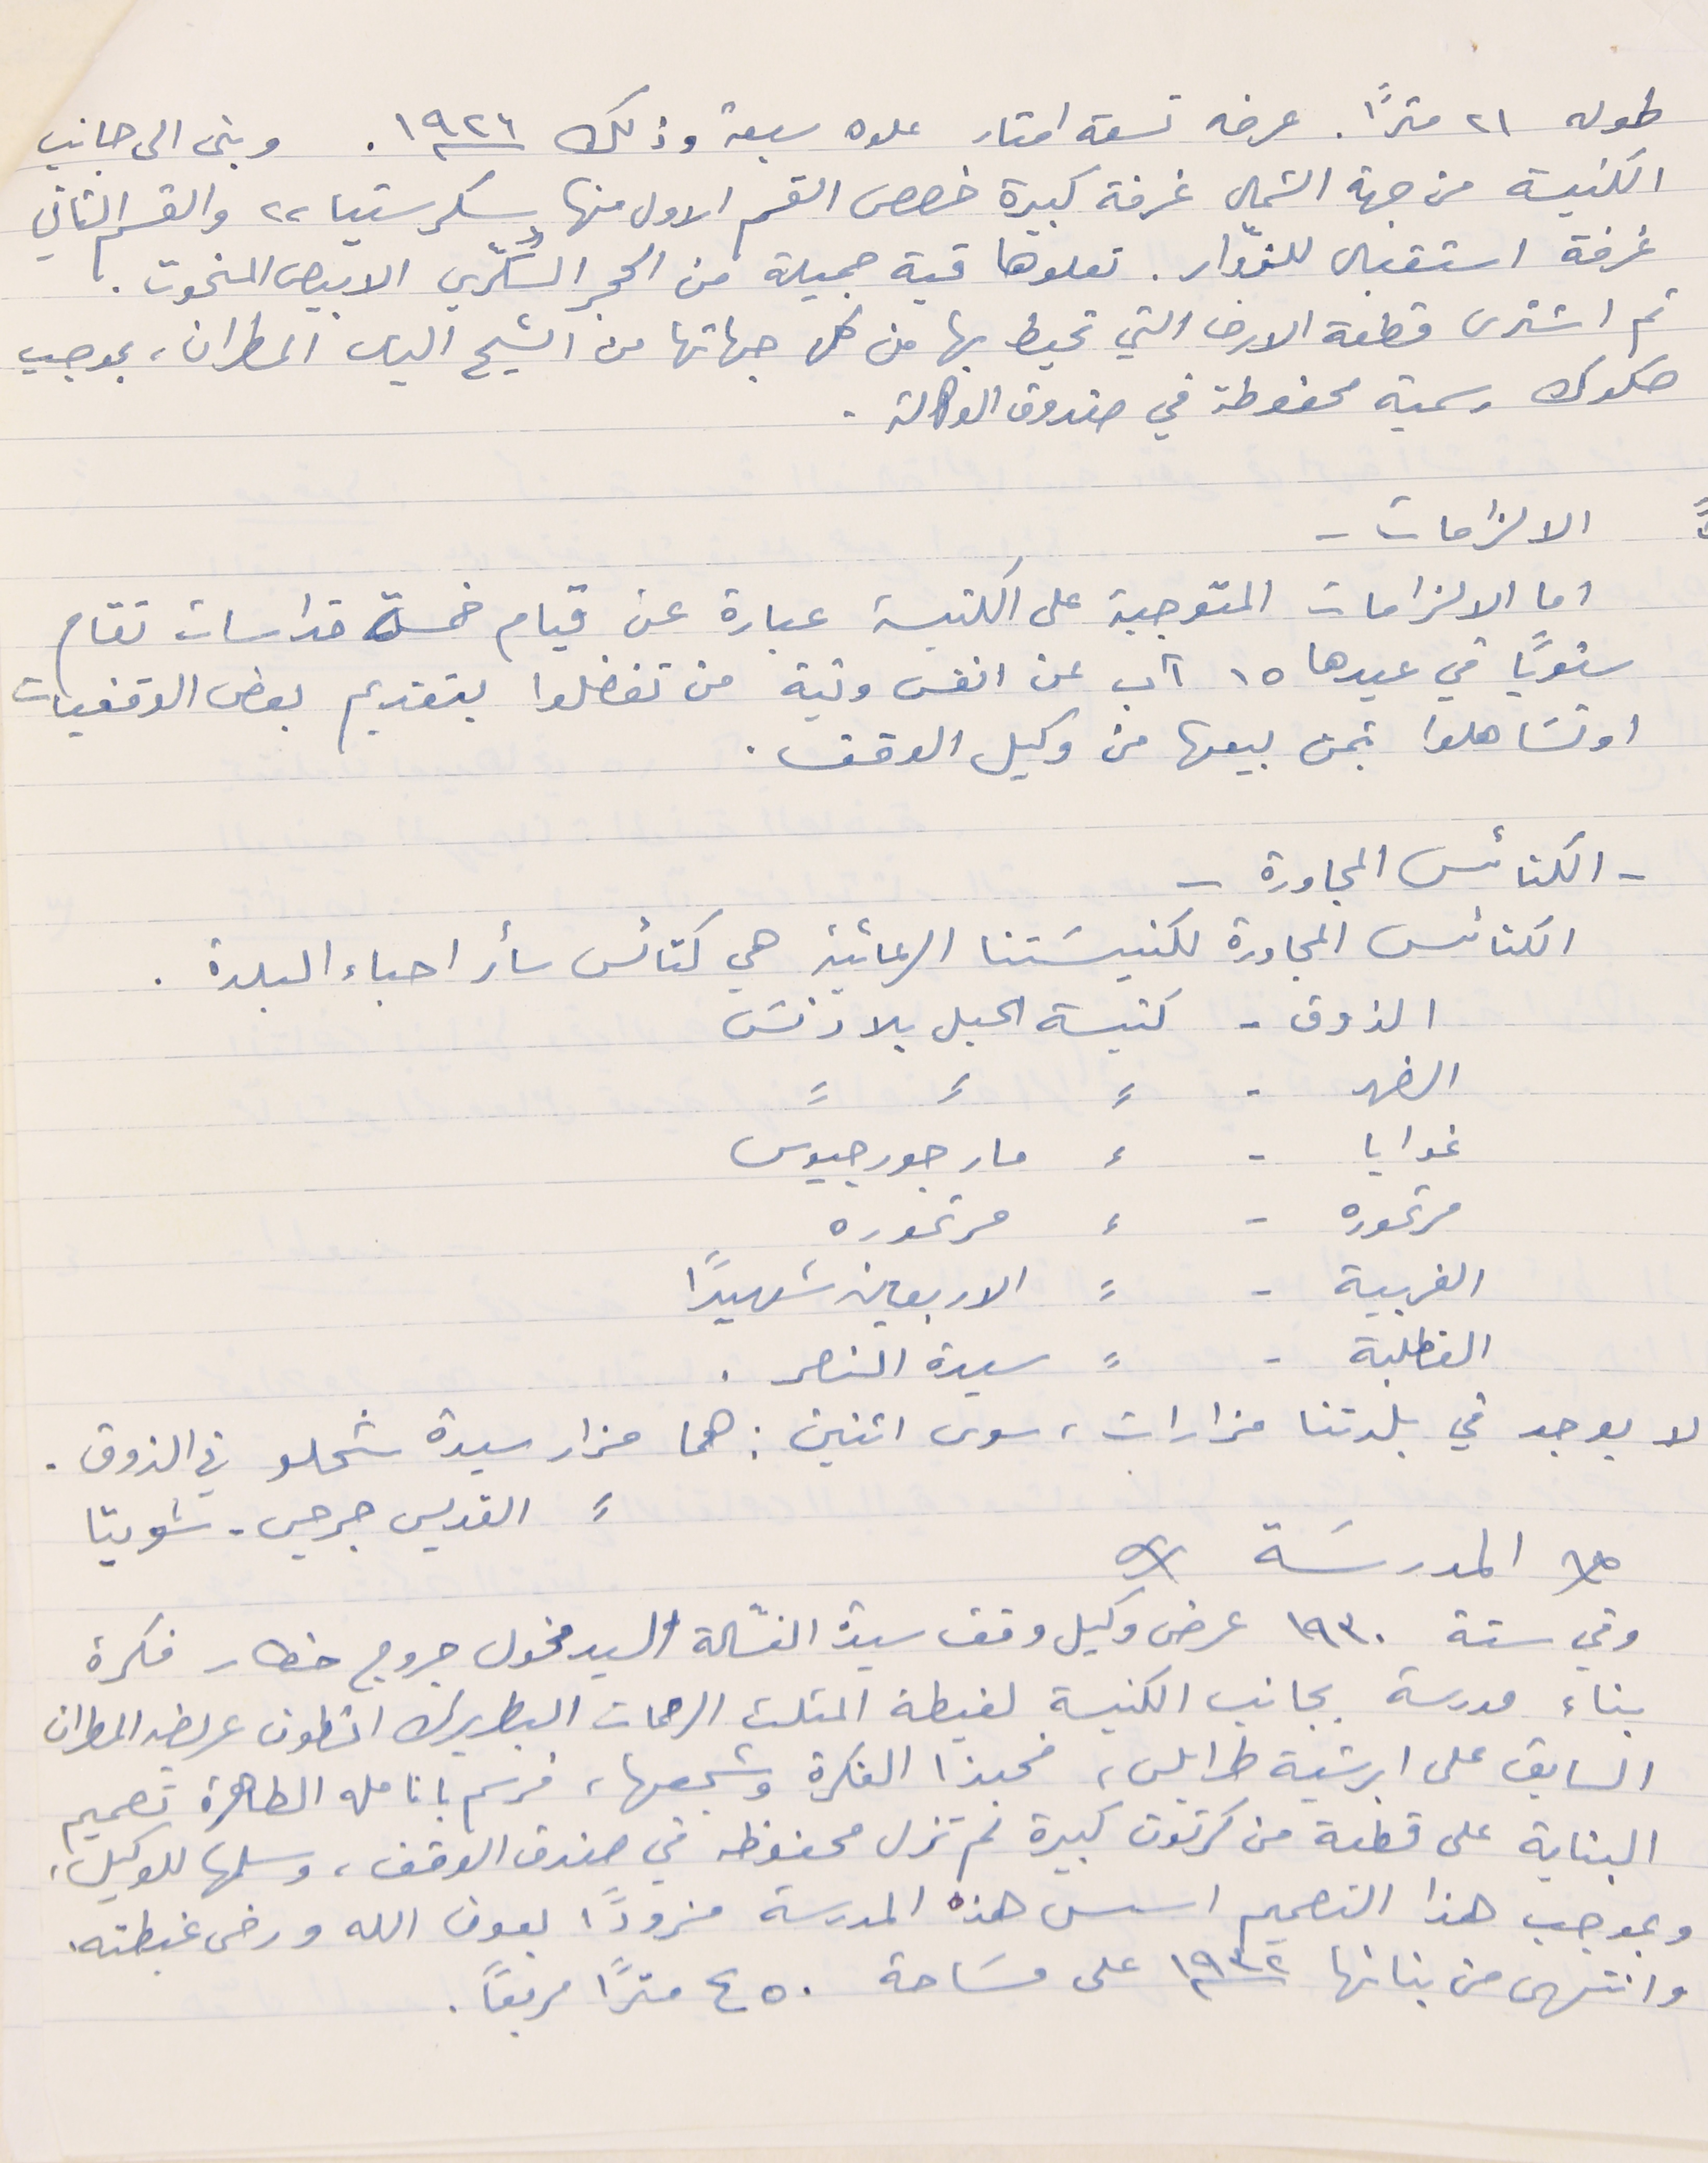
طوله ٢١ متراً. عرضه تسعة امتار علوه سبعة وذلك سنة ١٩٢٦. وبنى الى جانب
الكنيسة من جهة الشمال غرفة كبيرة خصص القسم الاول منها "سكرستيا" والقسم الثاني
غرفة استقبال للزوّار. تعلوها قبة جميلة من الحجر السكّري الابيص المنحوت.
ثم اشترى قطعة الارض التي تحيط بها من كل جهاتها من الشيح الياس المطران، بموجب
صكوك رسمية محفوظة في صندوق الوكالة.
الالزامات –
اما الالزامات المتوجبة على الكنيسة عبارة عن قيام خمسة قداسات تقام
سنوياً في عيدها ١٥ آب عن انفس ونية من تفضلوا بتقديم بعض الوقفيات
او تسَاهلوا بثمن بيعها من وكيل الوقف.
- الكنائس المجاورة –
الكنائس المجاورة لكنيسَتنا الرعائية هي كنائس سائر احباء البلدة .
الذوق - كنيسة الحبل بلادنسَ
الضهر -      ⸗        ⸗        ⸗
 غوايا -        ⸗       مار جورجيوس
مرتموره -     ⸗       مرتموره
الغربية -         ⸗       الاربعين شهيداً
 القطلبة -        ⸗       سيدة النصر .
 لا يوجد في بلدتنا مزارات ، سوى اثنين : هما مزار سيدة شحلو في الذوق .
       ⸗        القديس جرجس - شويتا
وفي سنة ١٩٣٠ عرض وكيل وقف سيدة الغسّالة السيد مخول جروج خطار فكرة
بناء مدرسة بجانب الكنيسة لغبطة المثلث الرحمات البطريرك انطون عريضه المطران
السابق على ابرشية طرابلس، فحبذا الفكرة وشجعها، فرسم بانامله الطاهرة تصميم
البناية على قطعة من كرتون كبيرة لم تزل محفوظه في صندق الوقف، وسلمها للوكيل،
وبموجب هذا التصميم اسس هذه المدرسة مزوداً بعون الله ورضى غبطته.
وانتهى من بنائها سنة ١٩٣٢ على مسَاحة ٤٥٠ متراً مربعاً .
* المدرسة *